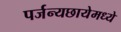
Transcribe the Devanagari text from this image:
पर्जन्यछायेमध्ये